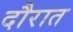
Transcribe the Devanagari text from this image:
दौरात